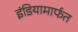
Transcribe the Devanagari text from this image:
इंडियामार्फत